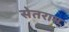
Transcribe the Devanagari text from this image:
सेतराम